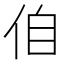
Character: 㑑